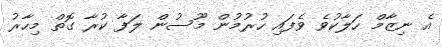
އެ ނިޒާމް ހަލާކުވެ ވެފައި ހުރުމުން މޫސުން ލަފާ ކުރާ ގޮތް މިހާރު